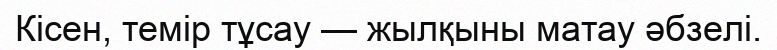
Кісен, темір тұсау — жылқыны матау әбзелі.